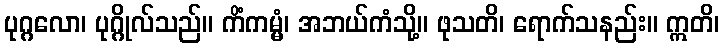
ပုဂ္ဂလော၊ ပုဂ္ဂိုလ်သည်။ ကိံကမ္မံ၊ အဘယ်ကံသို့။ ဖုသတိ၊ ရောက်သနည်း။ ဣတိ၊